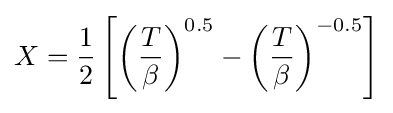
X={\frac {1}{2}}\left[\left({\frac {T}{\beta }}\right)^{0.5}-\left({\frac {T}{\beta }}\right)^{-0.5}\right]